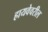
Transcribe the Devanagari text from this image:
हायवेवरील